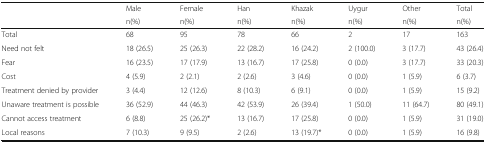
<table><thead><tr><td rowspan="2"></td><td><b>Male</b></td><td><b>Female</b></td><td><b>Han</b></td><td><b>Khazak</b></td><td><b>Uygur</b></td><td><b>Other</b></td><td><b>Total</b></td></tr><tr><td><b>n(%)</b></td><td><b>n(%)</b></td><td><b>n(%)</b></td><td><b>n(%)</b></td><td><b>n(%)</b></td><td><b>n(%)</b></td><td><b>n(%)</b></td></tr></thead><tbody><tr><td>Total</td><td>68</td><td>95</td><td>78</td><td>66</td><td>2</td><td>17</td><td>163</td></tr><tr><td>Need not felt</td><td>18 (26.5)</td><td>25 (26.3)</td><td>22 (28.2)</td><td>16 (24.2)</td><td>2 (100.0)</td><td>3 (17.7)</td><td>43 (26.4)</td></tr><tr><td>Fear</td><td>16 (23.5)</td><td>17 (17.9)</td><td>13 (16.7)</td><td>17 (25.8)</td><td>0 (0.0)</td><td>3 (17.7)</td><td>33 (20.3)</td></tr><tr><td>Cost</td><td>4 (5.9)</td><td>2 (2.1)</td><td>2 (2.6)</td><td>3 (4.6)</td><td>0 (0.0)</td><td>1 (5.9)</td><td>6 (3.7)</td></tr><tr><td>Treatment denied by provider</td><td>3 (4.4)</td><td>12 (12.6)</td><td>8 (10.3)</td><td>6 (9.1)</td><td>0 (0.0)</td><td>1 (5.9)</td><td>15 (9.2)</td></tr><tr><td>Unaware treatment is possible</td><td>36 (52.9)</td><td>44 (46.3)</td><td>42 (53.9)</td><td>26 (39.4)</td><td>1 (50.0)</td><td>11 (64.7)</td><td>80 (49.1)</td></tr><tr><td>Cannot access treatment</td><td>6 (8.8)</td><td>25 (26.2)*</td><td>13 (16.7)</td><td>17 (25.8)</td><td>0 (0.0)</td><td>1 (5.9)</td><td>31 (19.0)</td></tr><tr><td>Local reasons</td><td>7 (10.3)</td><td>9 (9.5)</td><td>2 (2.6)</td><td>13 (19.7)*</td><td>0 (0.0)</td><td>1 (5.9)</td><td>16 (9.8)</td></tr></tbody></table>